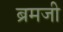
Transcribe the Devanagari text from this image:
ब्रमजी